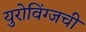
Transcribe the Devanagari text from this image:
युरोविंग्जची